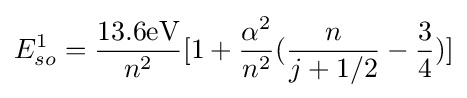
E_{so}^{1}={\frac {13.6{\text{eV}}}{n^{2}}}[1+{\frac {\alpha ^{2}}{n^{2}}}({\frac {n}{j+1/2}}-{\frac {3}{4}})\rbrack